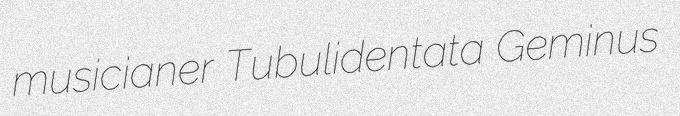
musicianer Tubulidentata Geminus